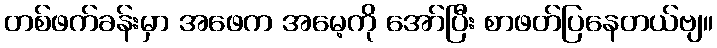
တစ်ဖက်ခန်းမှာ အဖေက အမေ့ကို အော်ပြီး စာဖတ်ပြနေတယ်ဗျ။